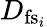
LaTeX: D_{\mathrm{fs}_{i}}